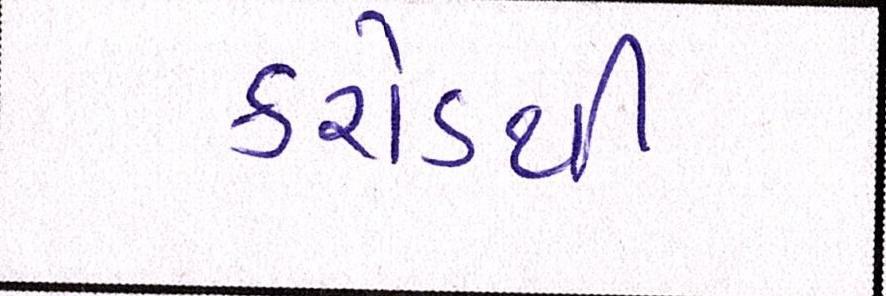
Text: કરોડથી